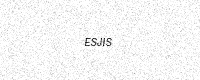
Text: ESJIS